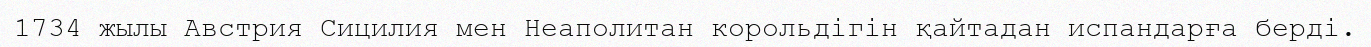
1734 жылы Австрия Сицилия мен Неаполитан корольдігін қайтадан испандарға берді.